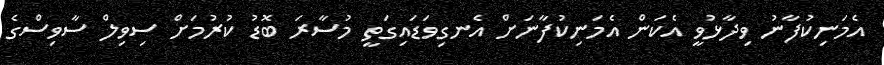
އެމަނިކުފާނު ވިދާޅުވީ އެކަން އެމަނިކުފާނަށް އެނގިވަޑައިގަތީ މުސާރަ ބޮޑު ކުރުމަށް ސިވިލް ސާވިސްގެ